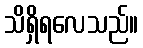
သိရှိရလေသည်။